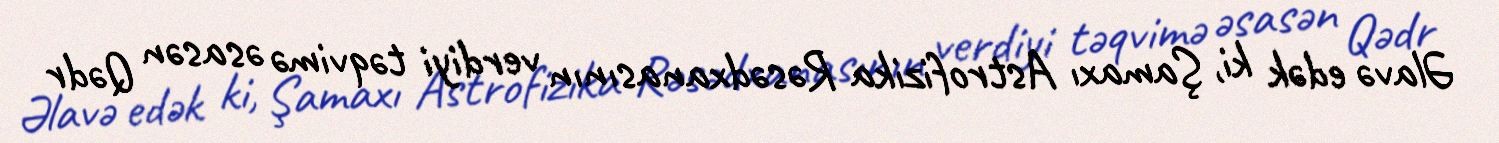
Əlavə edək ki, Şamaxı Astrofizika Rəsədxanasının verdiyi təqvimə əsasən Qədr